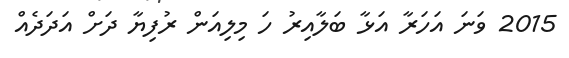
2015 ވަނަ އަހަރާ އަޅާ ބަލާއިރު ހަ މިލިއަން ރުފިޔާ ދަށް އަދަދެއް